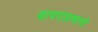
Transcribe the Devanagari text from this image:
वापराप्रमाणे